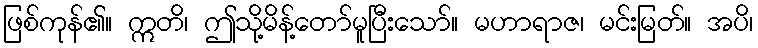
ဖြစ်ကုန်၏။ ဣတိ၊ ဤသို့မိန့်တော်မူပြီးသော်။ မဟာရာဇ၊ မင်းမြတ်။ အပိ၊